King Institute of Preventive Medicine Micro-Biological Section reports 1909-11
Year: 1909
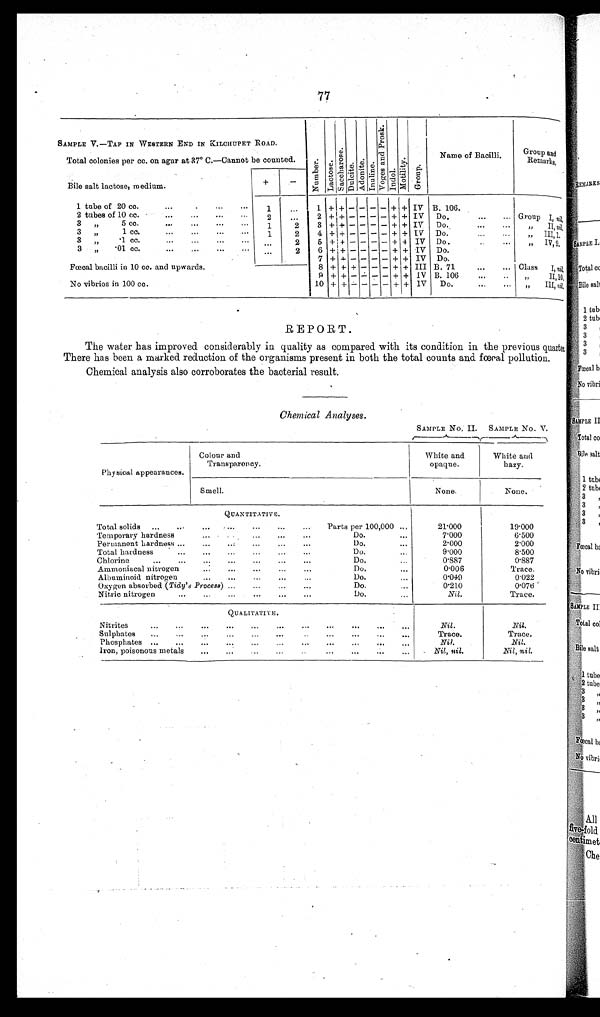
77
SAMPLE V.—
TAP IN WESTERN END IN KILCHUPET ROAD.
Nu mb e r . L a c t o s e .
S a c c h a r o s e .
D u l c i t e .
Ad o n i t e . I nul i ne .
V o g e s a n d P r o s k .
I n d o l .
Mot i l i t y. G r o u p .
Name of Bacilli.
G r o u p a n d
R e m a r k s .
Total colonies per cc. on agar at 37° C.—Cannot be counted.
Bile salt lactose, medium.
+
—
1 tube of 20 cc.
...
. . . . . .
. . . 1
...
1 + + — —
— —
+ + IV B. 106.
. . .
. . .
Group
I ,
n i l .
2 tubes of 10 cc.
. . . . . .
. . .
. . . 2
. . . 2 +
+ — — — — + + IV Do.
... ...
, , II, nil.
3 ,,
5 cc.
. . .
. . .
. . .
. . . 1
2
3 +
+ — — — — + + IV Do.
. . .
. . .
, , III, 1
3 ,,
1 cc.
. . .
. . .
. . .
. . . 1
2 4 +
+ — — — — + + IV Do.
. . .
. . . ,, IV, 9 .
3
, ,
1 c c .
...
...
... ... ...
2
5 +
+ — — — — + + IV Do.
. . .
. . . , ,
3 „ 01 cc.
...
...
. . .
. . . . . .
2
6 +
+ — — — — + + IV Do.
7 + +
— — — — + + IV Do.
Fœcal bacilli in 10 cc. and upwards.
8 + + + — — — + + III B. 71
. . .
... Class I, nil.
9 + + — — — — + + IV B. 106
. . .
. . .
, , II,10 .
No vibrios in 100 cc.
10 + + — — — — + + IV Do.
...
... ,, III, nil.
REPORT.
The water has improved considerably in quality as compared with its condition in the previous quarter.
There has been a marked reduction of the organisms present in both the total counts and fœcal pollution.
Chemical analysis also corroborates the bacterial result.
Chemical Analyses.
SAMPLE No. II. SAMPLE No. V.
Physical appearances.
Colour and
T r a n s p a r e n c y .
White and
opaque.
White and
hazy.
Smell.
None.
None.
QUANTITATIVE.
Total solids ... ...
... ... ... ...
... Parts per 100,000 ...
21.000
19.000
Temporary hardness
. . .
. . . ...
...
. . .
Do.
...
7.000
6.500
Permanent hardness ...
... ... ...
...
...
Do.
...
2.000
2.000
Total hardness
...
...
...
...
... ...
Do. Do.
. . .
9.000
8.500
Chlorine
... ... ... ...
...
...
...
Do.
. . .
0.887
0.887
Ammoniacal nitrogen
. . .
... ...
...
...
Do.
...
0.006
Trace.
Albuminoid nitrogen
...
...
...
...
. . .
Do.
...
0.049
0.022
Oxygen absorbed (Tidy' s Process) ...
...
. . .
...
Do.
...
0.210
0.076
Nitric nitrogen
...
... ...
...
. . . ...
Do.
...
Nil.
Trace.
QUALITATIVE.
Nitrites
. . .
. . .
. . .
. . .
. . .
. . .
. . .
...
. . .
. . .
...
Nil.
Nil.
Sulphates ...
...
. . . . . .
. . .
. . .
. . . ...
...
... ...
Trace.
Trace.
Phosphates ... ...
...
. . .
. . .
. . . . . .
...
. . .
... ...
Nil.
Nil.
Iron, poisonous metals ... ... ... ...
. . .
...
. . .
. . . . . .
Ni l , ni l
Nil, nil.